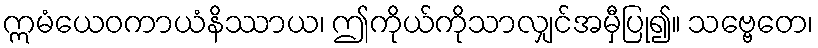
ဣမံယေဝကာယံနိဿာယ၊ ဤကိုယ်ကိုသာလျှင်အမှီပြု၍။ သဗ္ဗေတေ၊